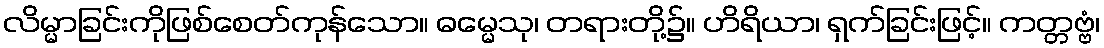
လိမ္မာခြင်းကိုဖြစ်စေတ်ကုန်သော။ ဓမ္မေသု၊ တရားတို့၌။ ဟိရိယာ၊ ရှက်ခြင်းဖြင့်။ ကတ္တဗ္ဗံ၊